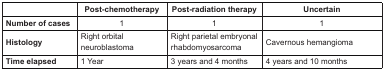
<table><thead><tr><td></td><td><b>Post-chemotherapy</b></td><td><b>Post-radiation therapy</b></td><td><b>Uncertain</b></td></tr></thead><tbody><tr><td><b>Number of cases</b></td><td>1</td><td>1</td><td>1</td></tr><tr><td><b>Histology</b></td><td>Right orbital neuroblastoma</td><td>Right parietal embryonal rhabdomyosarcoma</td><td>Cavernous hemangioma</td></tr><tr><td><b>Time elapsed</b></td><td>1 Year</td><td>3 years and 4 months</td><td>4 years and 10 months</td></tr></tbody></table>